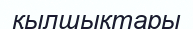
қылшықтары